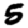
Digit: 5